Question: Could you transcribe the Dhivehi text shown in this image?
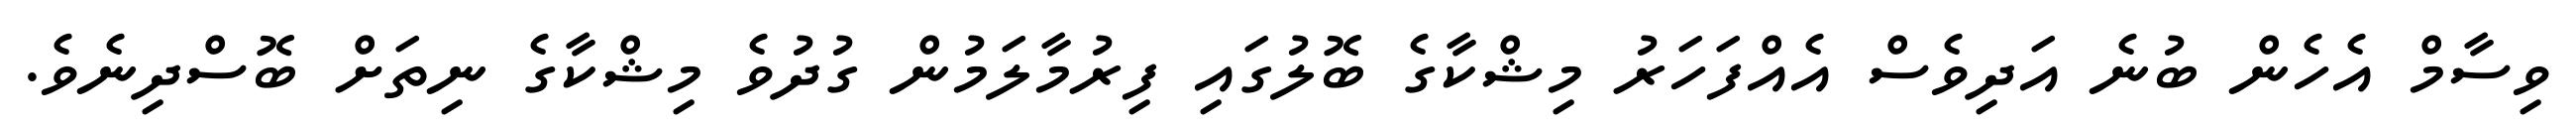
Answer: ވިސާމް އެހެން ބުނެ އަދިވެސް އެއްފަހަރު މިޝްކާގެ ބޮލުގައި ފިރުމާލަމުން ގުދުވެ މިޝްކާގެ ނިތަށް ބޮސްދިނެވެ.